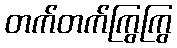
တက်တက်ကြွကြွ